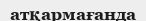
атқармағанда